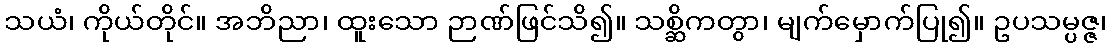
သယံ၊ ကိုယ်တိုင်။ အဘိညာ၊ ထူးသော ဉာဏ်ဖြင်သိ၍။ သစ္ဆိကတွာ၊ မျက်မှောက်ပြု၍။ ဥပသမ္ပဇ္ဇ၊